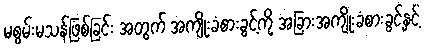
မစွမ်းမသန်ဖြစ်ခြင်း အတွက် အကျိုးခံစားခွင့်ကို အခြားအကျိုးခံစားခွင့်နှင့်